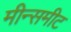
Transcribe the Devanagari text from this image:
मीन्समीट